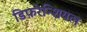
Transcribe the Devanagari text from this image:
डिफ़रेन्शियल